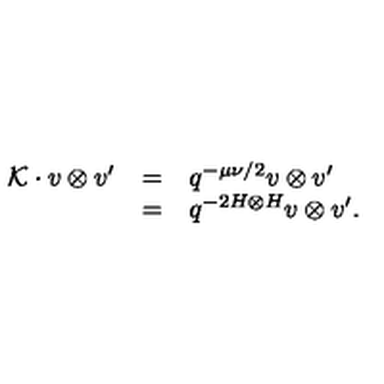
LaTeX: \begin{array} { r c l } { { \cal K } \cdot v \otimes v ^ { \prime } } & { = } & { q ^ { - \mu \nu / 2 } v \otimes v ^ { \prime } } \\ { } & { = } & { q ^ { - 2 H \otimes H } v \otimes v ^ { \prime } . } \\ \end{array}